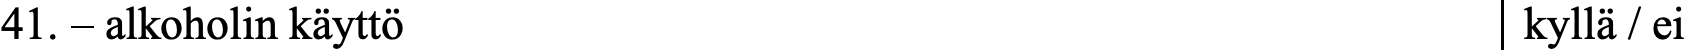
41. – alkoholin käyttö                            kyllä / ei